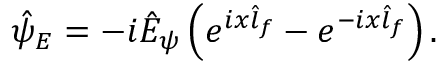
\hat { \psi } _ { E } = - i \hat { E } _ { \psi } \left( e ^ { i x \hat { l } _ { f } } - e ^ { - i x \hat { l } _ { f } } \right) .